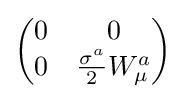
{\begin{pmatrix}0&0\\0&{\frac {\sigma ^{a}}{2}}W_{\mu }^{a}\end{pmatrix}}